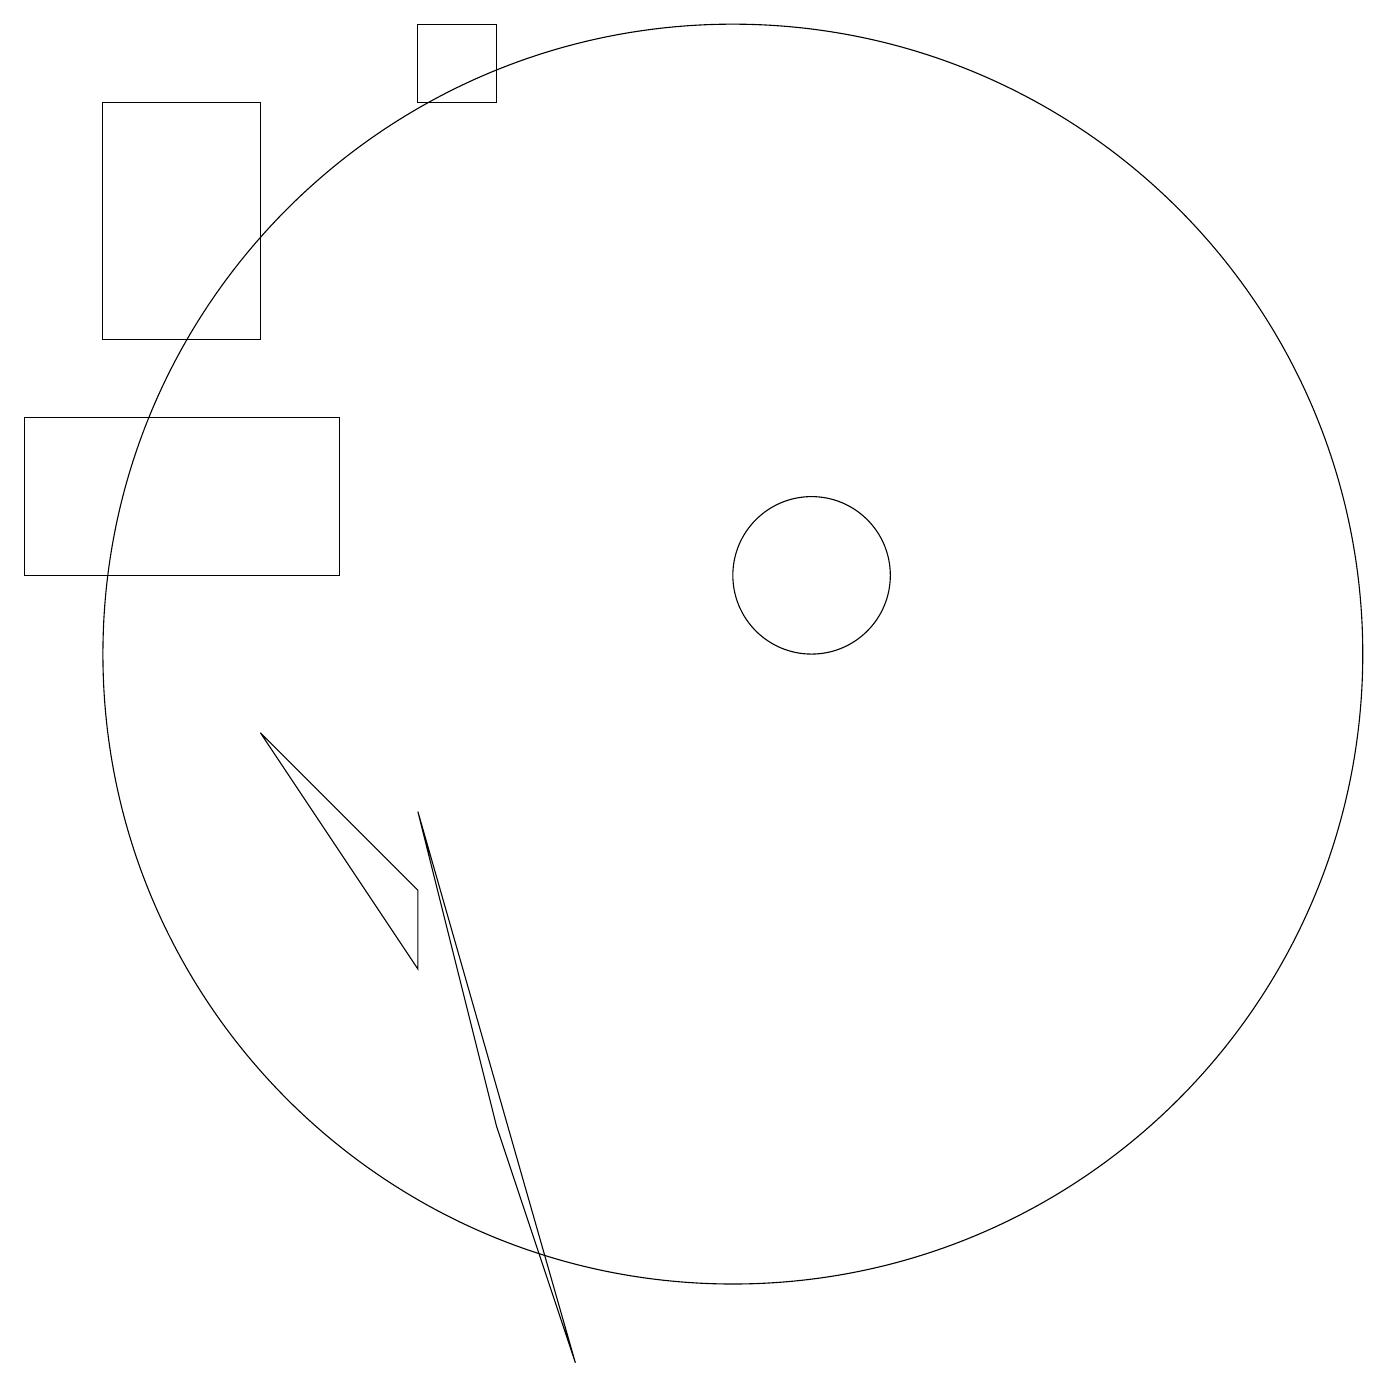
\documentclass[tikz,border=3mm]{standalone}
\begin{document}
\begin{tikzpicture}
\draw (2,17) rectangle (4,14);
\draw (6,7) -- (4,9) -- (6,6) -- cycle;
\draw (10,10) circle (8);
\draw (7,4) -- (8,1) -- (6,8) -- cycle;
\draw (6,18) rectangle (7,17);
\draw (11,11) circle (1);
\draw (5,13) rectangle (1,11);
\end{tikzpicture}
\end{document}